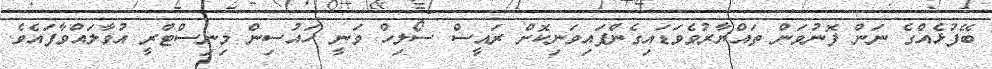
ބޭފުޅެއްގެ ނަން ފޮނުވަން ތައްޔާރުވެވަޑައިގެންފައިވަނިކޮށް ރައީސް ސޯލިހް ވަނީ ހައުސިން މިނިސްޓްރީ އުވާލައްވާފައެވެ.